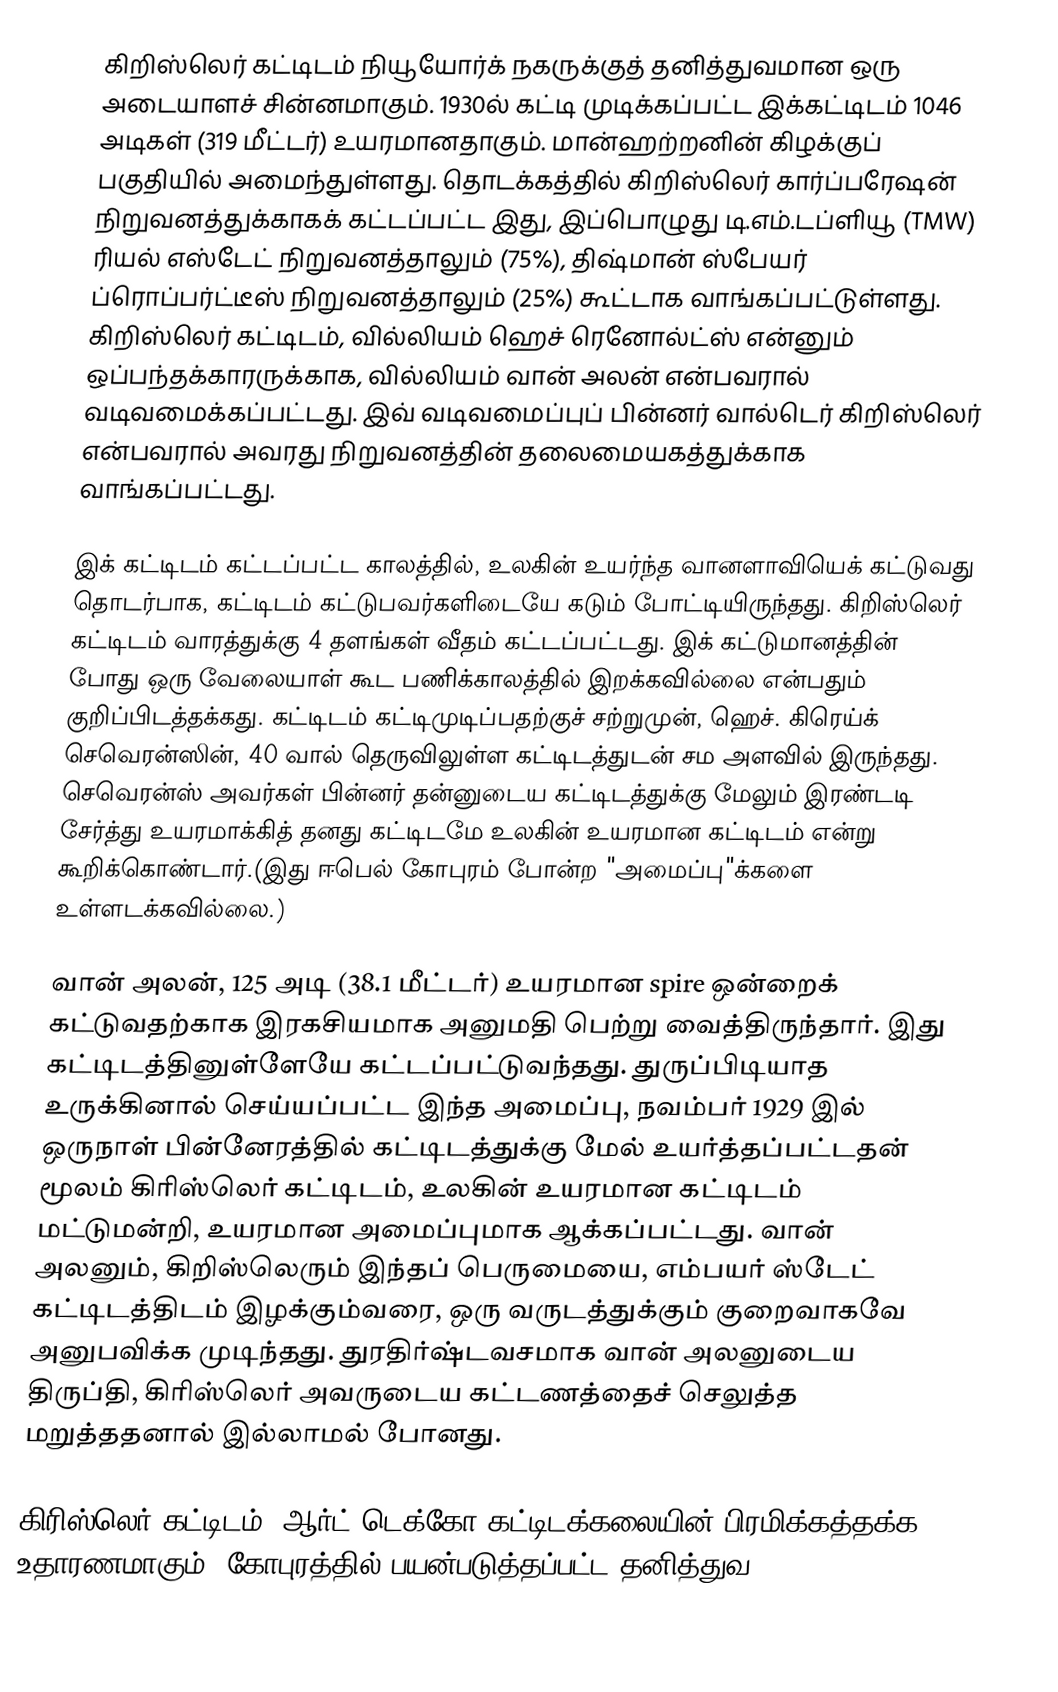
கிறிஸ்லெர் கட்டிடம் நியூயோர்க் நகருக்குத் தனித்துவமான ஒரு அடையாளச் சின்னமாகும். 1930ல் கட்டி முடிக்கப்பட்ட இக்கட்டிடம் 1046 அடிகள் (319 மீட்டர்) உயரமானதாகும். மான்ஹற்றனின் கிழக்குப் பகுதியில் அமைந்துள்ளது. தொடக்கத்தில் கிறிஸ்லெர் கார்ப்பரேஷன் நிறுவனத்துக்காகக் கட்டப்பட்ட இது, இப்பொழுது டி.எம்.டப்ளியூ (TMW) ரியல் எஸ்டேட் நிறுவனத்தாலும் (75%), திஷ்மான் ஸ்பேயர் ப்ரொப்பர்ட்டீஸ் நிறுவனத்தாலும் (25%) கூட்டாக வாங்கப்பட்டுள்ளது. கிறிஸ்லெர் கட்டிடம், வில்லியம் ஹெச் ரெனோல்ட்ஸ் என்னும் ஒப்பந்தக்காரருக்காக, வில்லியம் வான் அலன் என்பவரால் வடிவமைக்கப்பட்டது. இவ் வடிவமைப்புப் பின்னர் வால்டெர் கிறிஸ்லெர் என்பவரால் அவரது நிறுவனத்தின் தலைமையகத்துக்காக வாங்கப்பட்டது.

இக் கட்டிடம் கட்டப்பட்ட காலத்தில், உலகின் உயர்ந்த வானளாவியெக் கட்டுவது தொடர்பாக, கட்டிடம் கட்டுபவர்களிடையே கடும் போட்டியிருந்தது. கிறிஸ்லெர் கட்டிடம் வாரத்துக்கு 4 தளங்கள் வீதம் கட்டப்பட்டது. இக் கட்டுமானத்தின் போது ஒரு வேலையாள் கூட பணிக்காலத்தில் இறக்கவில்லை என்பதும் குறிப்பிடத்தக்கது. கட்டிடம் கட்டிமுடிப்பதற்குச் சற்றுமுன், ஹெச். கிரெய்க் செவெரன்ஸின், 40 வால் தெருவிலுள்ள கட்டிடத்துடன் சம அளவில் இருந்தது. செவெரன்ஸ் அவர்கள் பின்னர் தன்னுடைய கட்டிடத்துக்கு மேலும் இரண்டடி சேர்த்து உயரமாக்கித் தனது கட்டிடமே உலகின் உயரமான கட்டிடம் என்று கூறிக்கொண்டார்.(இது ஈபெல் கோபுரம் போன்ற "அமைப்பு"க்களை உள்ளடக்கவில்லை.)

வான் அலன், 125 அடி (38.1 மீட்டர்) உயரமான spire ஒன்றைக் கட்டுவதற்காக இரகசியமாக அனுமதி பெற்று வைத்திருந்தார். இது கட்டிடத்தினுள்ளேயே கட்டப்பட்டுவந்தது. துருப்பிடியாத உருக்கினால் செய்யப்பட்ட இந்த அமைப்பு, நவம்பர் 1929 இல் ஒருநாள் பின்னேரத்தில் கட்டிடத்துக்கு மேல் உயர்த்தப்பட்டதன் மூலம் கிரிஸ்லெர் கட்டிடம், உலகின் உயரமான கட்டிடம் மட்டுமன்றி, உயரமான அமைப்புமாக ஆக்கப்பட்டது. வான் அலனும், கிறிஸ்லெரும் இந்தப் பெருமையை, எம்பயர் ஸ்டேட் கட்டிடத்திடம் இழக்கும்வரை,  ஒரு வருடத்துக்கும் குறைவாகவே அனுபவிக்க முடிந்தது. துரதிர்ஷ்டவசமாக வான் அலனுடைய திருப்தி, கிரிஸ்லெர் அவருடைய கட்டணத்தைச் செலுத்த மறுத்ததனால் இல்லாமல் போனது.

கிரிஸ்லெர் கட்டிடம், ஆர்ட் டெக்கோ கட்டிடக்கலையின் பிரமிக்கத்தக்க உதாரணமாகும். கோபுரத்தில் பயன்படுத்தப்பட்ட தனித்துவ